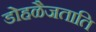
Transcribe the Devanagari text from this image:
डोहळैजताति